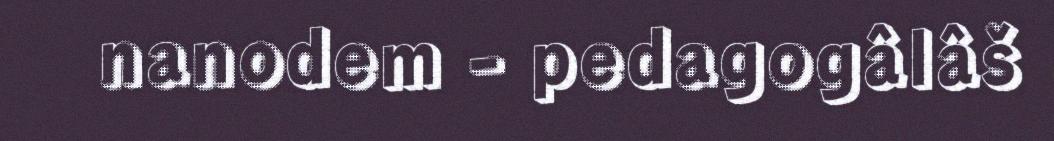
nanodem - pedagogâlâš